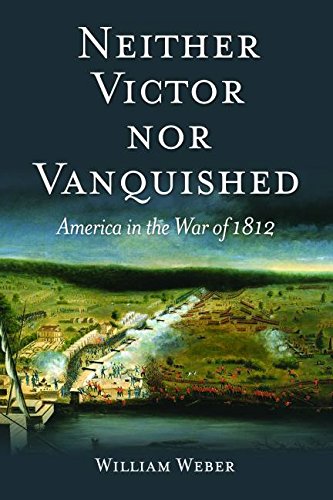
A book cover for Neither Victor nor Vanquished: America in the War of 1812; William Weber; History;